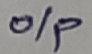
Text: O/P